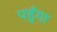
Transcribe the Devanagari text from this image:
पहुँगा